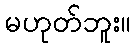
မဟုတ်ဘူး။